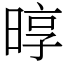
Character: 㬀